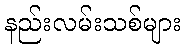
နည်းလမ်းသစ်များ